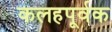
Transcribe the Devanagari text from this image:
कलहपूर्वक